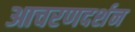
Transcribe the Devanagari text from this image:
आचरणदर्शन